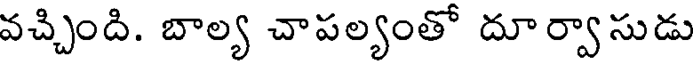
వచ్చింది. బాల్య చాపల్యంతో దూర్వాసుడు